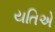
યતિએ